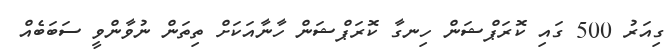
ގިއަރު 500 ގައި ކޮރަޕްޝަން ހިނގާ ކޮރަޕްޝަން ހާނާއަކަށް ތިތަން ނުވާންވީ ސަބަބެއް